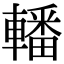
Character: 轓